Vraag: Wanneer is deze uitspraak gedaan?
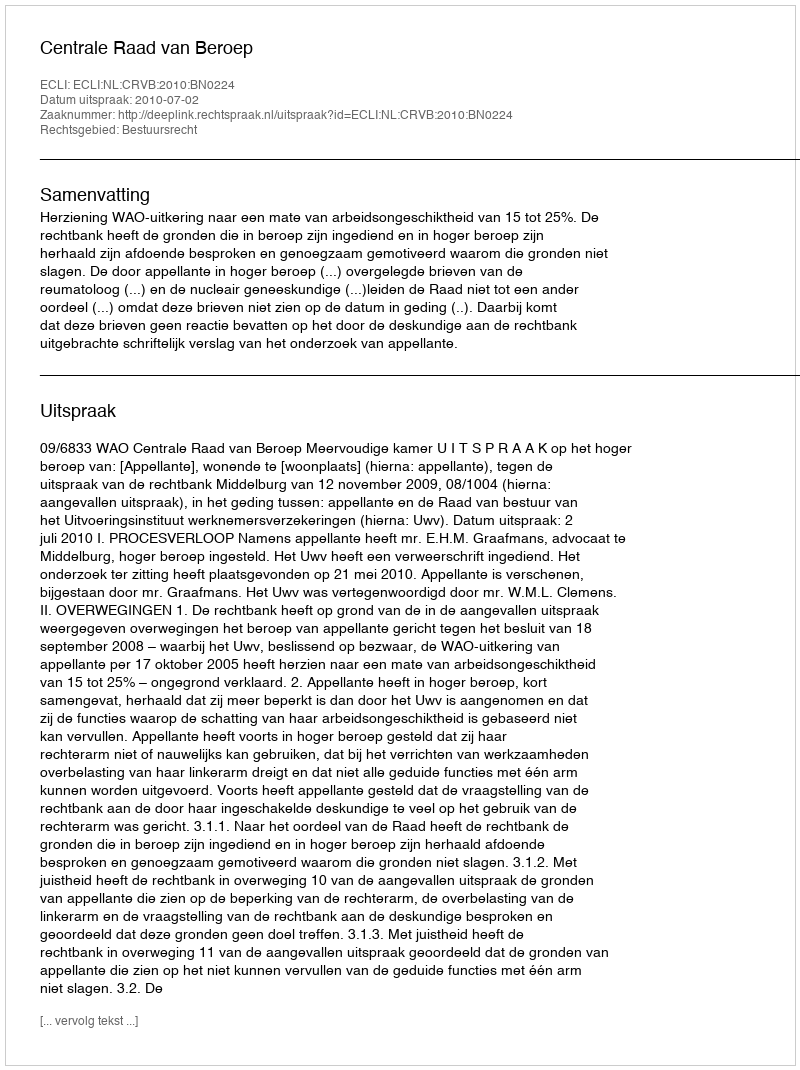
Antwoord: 2010-07-02